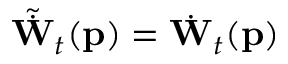
\tilde { \dot { \mathbf { W } } } _ { t } ( \mathbf { p } ) = \dot { \mathbf { W } } _ { t } ( \mathbf { p } )